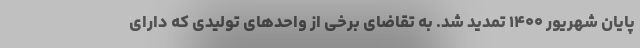
پایان شهریور ۱۴۰۰ تمدید شد. به تقاضای برخی از واحدهای تولیدی که دارای